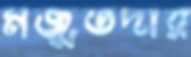
মজুতদার